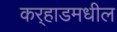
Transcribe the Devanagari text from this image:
कर्‍हाडमधील